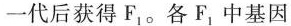
一代后获得F_{1}。各F_{1}中基因